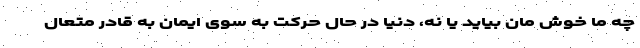
چه ما خوش مان بيايد يا نه، دنيا در حال حركت به سوی ايمان به قادر متعال